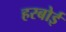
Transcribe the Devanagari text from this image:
हरबोई